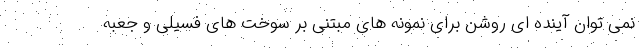
نمی توان آینده ای روشن برای نمونه های مبتنی بر سوخت های فسیلی و جعبه